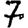
Digit: 7